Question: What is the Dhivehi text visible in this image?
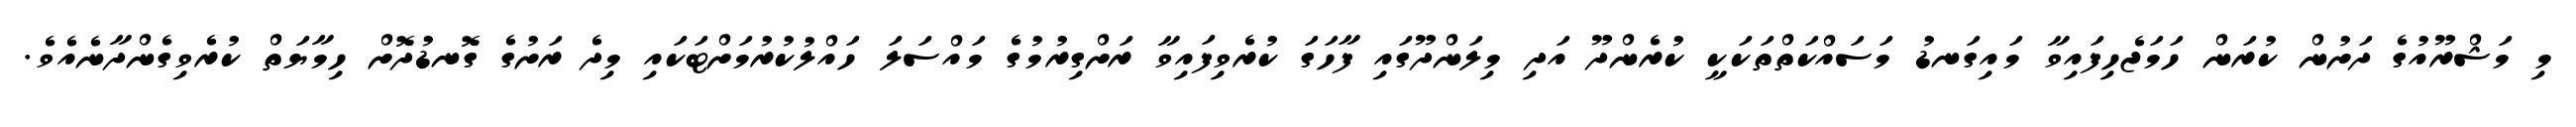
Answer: މި މަޝްރޫއުގެ ދަށުން ކުރަން ހަމަޖެހިފައިވާ މައިގަނޑު މަސައްކަތްތަކަކީ ކުރެންދޫ އަދި މިލަންދޫގައި ފާހަގަ ކުރެވިފައިވާ ރަށްގިރުމުގެ މައްސަލަ ހައްލުކުރުމަށްޓަކައި މިދެ ރަށުގެ ގޮނޑުދޮށް ހިމާޔަތް ކުރެވިގެންދާނެއެވެ.